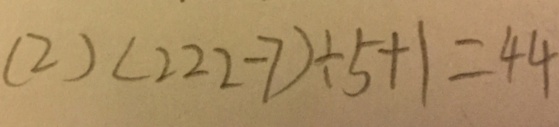
( 2 ) ( 2 2 2 - 7 ) \div 5 + 1 = 4 4